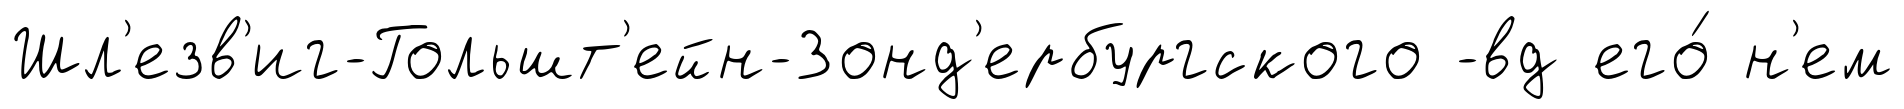
Шл'езв'иг-Гольшт'ейн-Зонд'ербургского -вд его́ н'ем